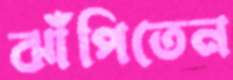
ঝাঁপিতেন